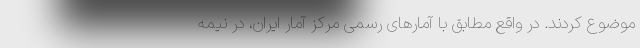
موضوع کردند. در واقع مطابق با آمارهای رسمی مرکز آمار ایران، در نیمه